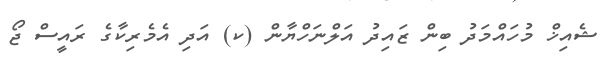
ޝެއިޚް މުހައްމަދު ބިން ޒައިދު އަލްނަހްޔާން (ކ) އަދި އެމެރިކާގެ ރައީސް ޖޯ